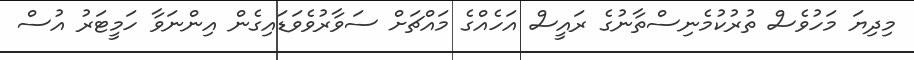
މިދިޔަ މަހުވެސް ތުރުކުމެނިސްތާނުގެ ރައީސް އަހެއްގެ މައްޗަށް ސަވާރުވެވަޑައިގެން އިންނަވާ ހަމީޓަރު އުސް